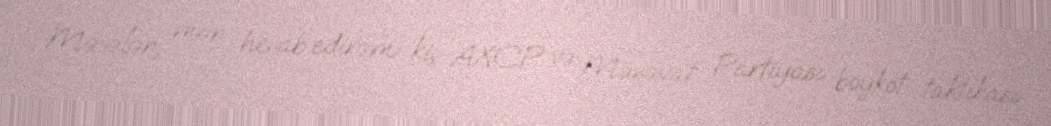
Məsələn, mən hesab edirəm ki, AXCP və Müsavat Partiyası boykot taktikası